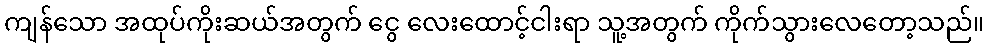
ကျန်သော အထုပ်ကိုးဆယ်အတွက် ငွေ လေးထောင့်ငါးရာ သူ့အတွက် ကိုက်သွားလေတော့သည်။